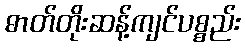
ဓာတ်တိုးဆန့်ကျင်ပစ္စည်း